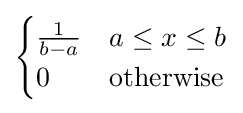
{\begin{cases}{\frac {1}{b-a}}&a\leq x\leq b\\0&{\text{otherwise}}\end{cases}}